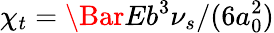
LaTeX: \chi_{t}=\Bar{E}b^{3}\nu_{s}/(6a_{0}^{2})